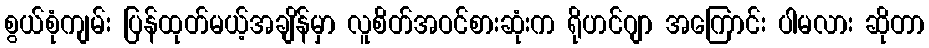
စွယ်စုံကျမ်း ပြန်ထုတ်မယ့်အချိန်မှာ လူစိတ်အဝင်စားဆုံးက ရိုဟင်ဂျာ အကြောင်း ပါမလား ဆိုတာ